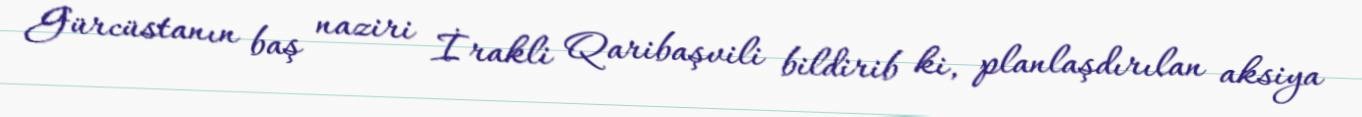
Gürcüstanın baş naziri İrakli Qaribaşvili bildirib ki, planlaşdırılan aksiya